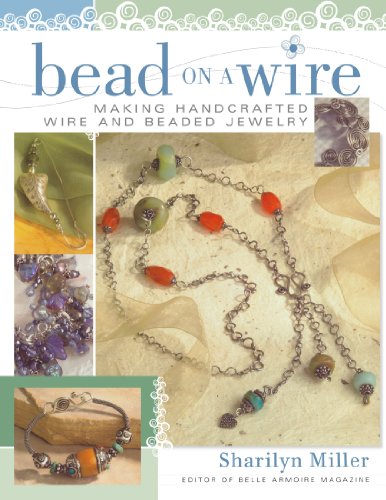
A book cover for Bead on a Wire: Making Handcrafted Wire and Beaded Jewelry; Sharilyn Miller; Crafts, Hobbies & Home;